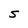
Character: S